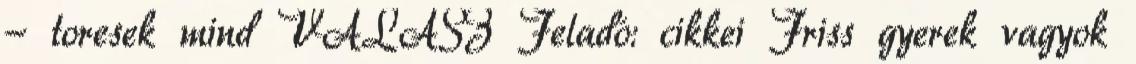
- toresek mind VÁLASZ Feladó: cikkei Friss gyerek vagyok